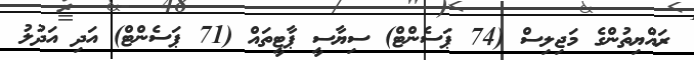
ރައްޔިތުންގެ މަޖިލިސް (74 ޕަސެންޓް) ސިޔާސީ ޕާޓީތައް (71 ޕަސެންޓް) އަދި އަދުލު